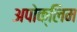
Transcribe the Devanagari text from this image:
अपोक्लिम